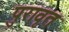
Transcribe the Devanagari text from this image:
पुरावृत